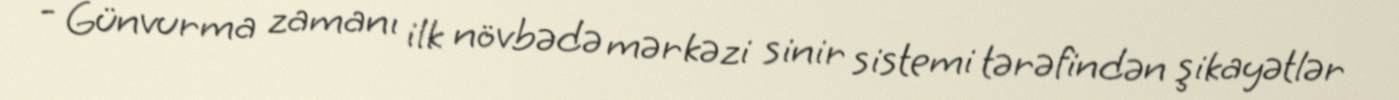
- Günvurma zamanı ilk növbədə mərkəzi sinir sistemi tərəfindən şikayətlər